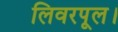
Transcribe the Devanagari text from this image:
लिवरपूल।